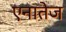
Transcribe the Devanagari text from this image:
एनातेज